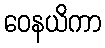
ဝေနယိကာ